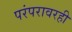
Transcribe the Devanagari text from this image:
परंपरावरही